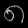
Digit: ၈